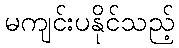
မကျင်းပနိုင်သည့်